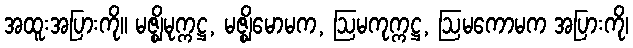
အထူးအပြားကို။ မဇ္ဈိမုက္ကဋ္ဌ, မဇ္ဈိမောမက, ဩမကုက္ကဋ္ဌ, ဩမကောမက အပြားကို၊